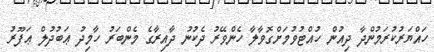
ހައްޔަރުކުރަމުންދާ ދިއުން ހުއްޓުވުމަށްގޮވާލާ ހެންވޭރު ދެކުނު ދާއިރާގެ މެންބަރު ހާމިދު ޢަބުދުލް ޢަފޫރު